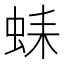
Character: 𧋆